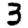
Digit: 3